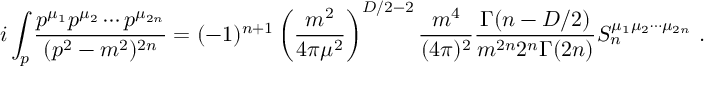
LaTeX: i \int _ { p } \frac { p ^ { \mu _ { 1 } } p ^ { \mu _ { 2 } } \cdots p ^ { \mu _ { 2 n } } } { ( p ^ { 2 } - m ^ { 2 } ) ^ { 2 n } } = ( - 1 ) ^ { n + 1 } \left( \frac { m ^ { 2 } } { 4 \pi \mu ^ { 2 } } \right) ^ { D / 2 - 2 } \frac { m ^ { 4 } } { ( 4 \pi ) ^ { 2 } } \frac { \Gamma ( n - D / 2 ) } { m ^ { 2 n } 2 ^ { n } \Gamma ( 2 n ) } S _ { n } ^ { \mu _ { 1 } \mu _ { 2 } \cdots \mu _ { 2 n } } \ .